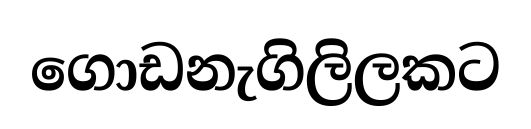
ගොඩනැගිලිලකට